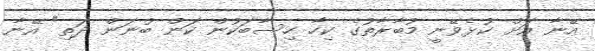
އޭނާ އަށް ކުޅެވޭނީ މުބާރާތުގެ ކިހާ ހިސާބަކުން ކަން ބުނަން ދަތި" އޭނާ